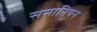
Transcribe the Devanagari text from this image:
ससानियन